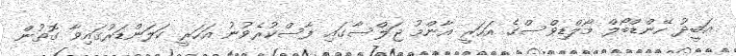
އަބީދު ހޭންޑްބޯލް މޯލްޑިވްސްގެ އަހަރީ އާންމު ޖަލްސާގައި ފާސްކުރެވުނު އަހަރީ ކަލަންޑަރުގައިވާ ގޮތުން